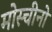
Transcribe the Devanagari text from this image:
मोस्चीनो